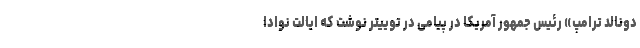
دونالد ترامپ» رئیس جمهور آمریکا در پیامی در توییتر نوشت که ایالت نوادا